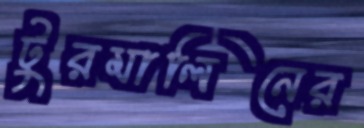
টুরমালিনের